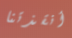
أنقذتنا